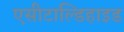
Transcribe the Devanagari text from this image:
एसीटाल्डिहाइड